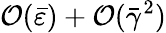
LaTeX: \mathcal{O}(\bar{\varepsilon})+\mathcal{O}(\bar{\gamma}^{2})